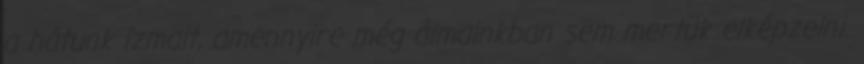
a hátunk izmait, amennyire még álmainkban sem mertük elképzelni.